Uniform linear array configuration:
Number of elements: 4
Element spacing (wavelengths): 0.75
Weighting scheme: binomial
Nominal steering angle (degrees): -60
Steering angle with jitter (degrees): -60.203
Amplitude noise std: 0.05
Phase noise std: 0.05

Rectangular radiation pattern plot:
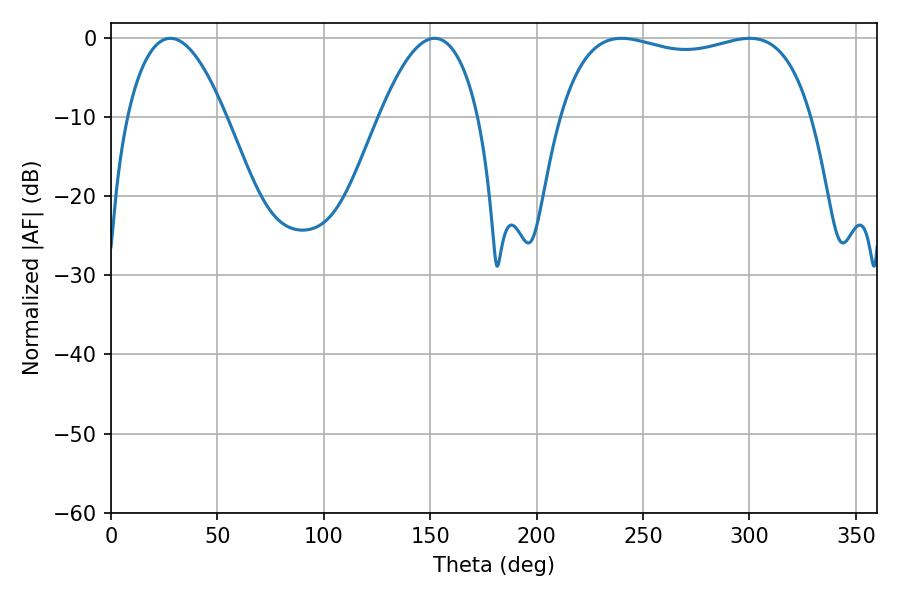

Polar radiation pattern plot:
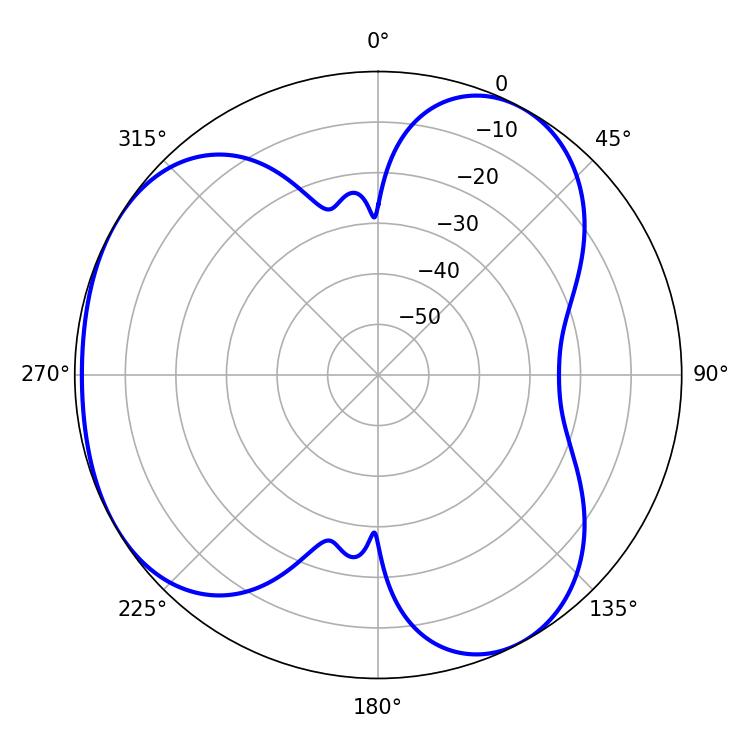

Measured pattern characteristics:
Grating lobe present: TRUE
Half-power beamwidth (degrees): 25.56
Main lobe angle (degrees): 27.9